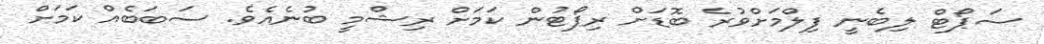
ސަޕޯޓް ލިބެނީ ފިލްމަށްވުރެ ބޮޑަށް ރިޕޯޓުން ކަމަށް ރިޝްމީ ބުނެއެވެ. ސަބަބެއް ކަމަށް